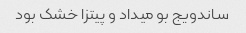
ساندویج بو میداد و پیتزا خشک بود